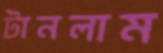
টানলাম